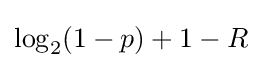
\log _{2}(1-p)+1-R